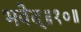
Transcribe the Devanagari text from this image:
भवेत्‌॥१०॥